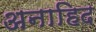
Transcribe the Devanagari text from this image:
अनाहिद